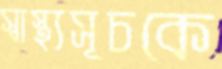
স্বাস্থ্যসূচকে